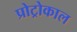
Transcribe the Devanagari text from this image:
प्रोट्रोकाल